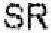
SR